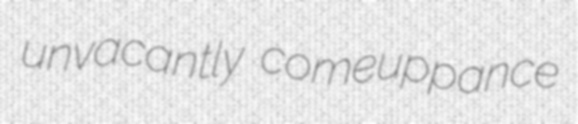
unvacantly comeuppance